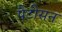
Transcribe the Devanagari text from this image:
पैटीसन